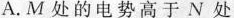
A.M处的电势高于N处